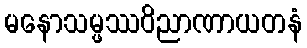
မနောသမ္ဖဿဝိညာဏာယတနံ